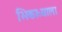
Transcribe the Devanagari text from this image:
भिकाऱ्याला